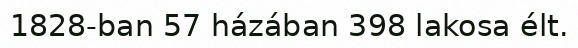
1828-ban 57 házában 398 lakosa élt.